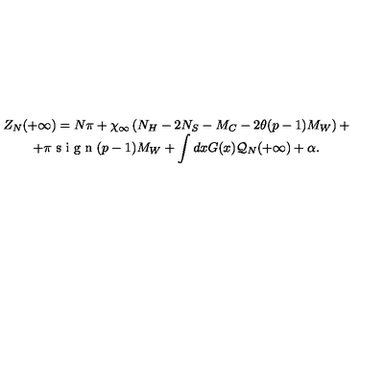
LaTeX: \begin{array} { c } { Z _ { N } ( + \infty ) = N \pi + \chi _ { \infty } \left( N _ { H } - 2 N _ { S } - M _ { C } - 2 \theta ( p - 1 ) M _ { W } \right) + } \\ { + \pi \textrm { s i g n } ( p - 1 ) M _ { W } + \displaystyle \int d x G ( x ) { \cal Q } _ { N } ( + \infty ) + \alpha . } \\ \end{array}